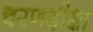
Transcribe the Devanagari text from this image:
चरणदीक्षा